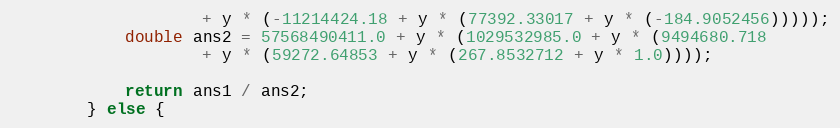
Language: Java
                    + y * (-11214424.18 + y * (77392.33017 + y * (-184.9052456)))));
            double ans2 = 57568490411.0 + y * (1029532985.0 + y * (9494680.718
                    + y * (59272.64853 + y * (267.8532712 + y * 1.0))));

            return ans1 / ans2;
        } else {